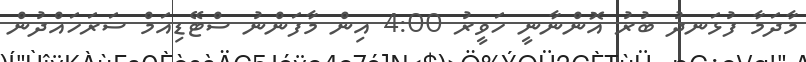
މާދަމާ ފުޅަނދު ބުރު އޮންނާނީ ހަވީރު 4:00 އިން މާފަންނު ސްޓޭޑިއަމް ސަރަހައްދުން